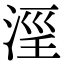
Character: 𣶖